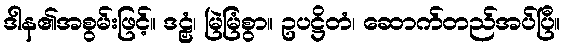
ဒါန၏အစွမ်းဖြင့်။ ဒဠှံ၊ မြဲမြံစွာ။ ဥပဋ္ဌိတံ၊ ဆောက်တည်အပ်ပြီ။